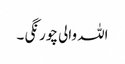
اللہ والی چورنگی ۔